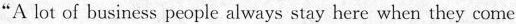
"A lot of business people always stay here when they come